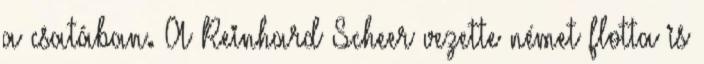
a csatában. A Reinhard Scheer vezette német flotta is